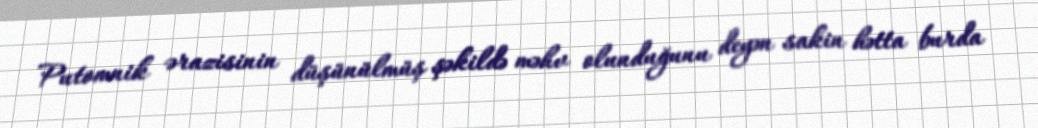
Putomnik ərazisinin düşünülmüş şəkildə məhv olunduğunu deyən sakin hətta burda